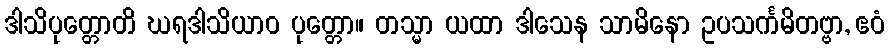
ဒါသိပုတ္တောတိ ဃရဒါသိယာဝ ပုတ္တော။ တသ္မာ ယထာ ဒါသေန သာမိနော ဥပသင်္ကမိတဗ္ဗာ, ဧဝံ